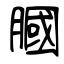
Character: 膕